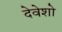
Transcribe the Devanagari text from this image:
देवेशो